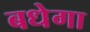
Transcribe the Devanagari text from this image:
बधेगा